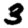
Digit: 3